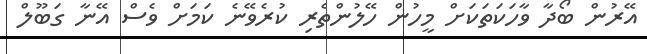
އޭރުން ބޯދާ ވާހަކަތަކަށް މީހުން ހޭލުންތެރި ކުރެވޭނެ ކަމަށް ވެސް އޭނާ ގަބޫލް